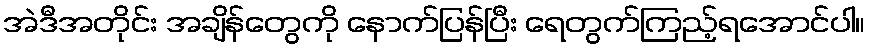
အဲဒီအတိုင်း အချိန်တွေကို နောက်ပြန်ပြီး ရေတွက်ကြည့်ရအောင်ပါ။